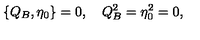
\{ Q _ { B } , \eta _ { 0 } \} = 0 , \quad Q _ { B } ^ { 2 } = \eta _ { 0 } ^ { 2 } = 0 ,